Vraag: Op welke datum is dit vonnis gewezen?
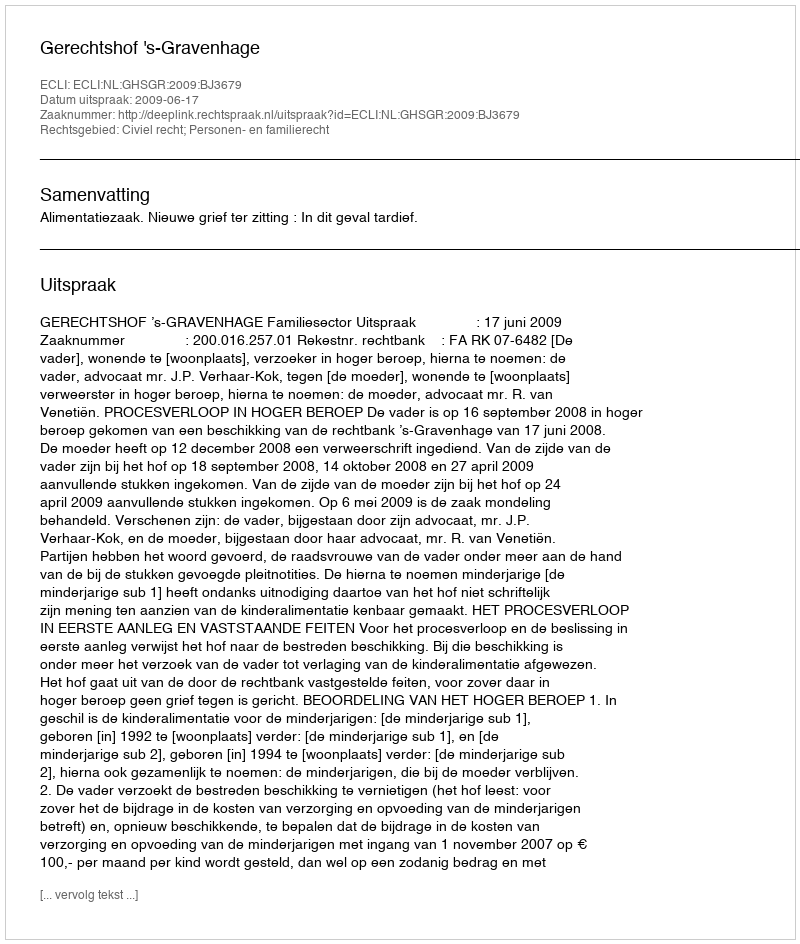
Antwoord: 2009-06-17